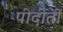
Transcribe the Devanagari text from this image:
पीदीतों